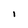
Character: i